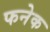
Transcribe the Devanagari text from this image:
फनेक